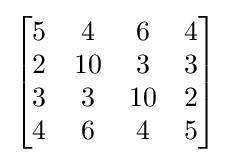
{\begin{bmatrix}{\begin{matrix}5&4&6&4\\2&10&3&3\\3&3&10&2\\4&6&4&5\end{matrix}}\end{bmatrix}}